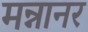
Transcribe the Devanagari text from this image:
मन्नानर